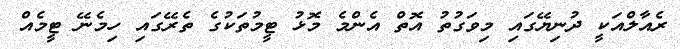
ރެއާލްއަކީ ދުނިޔޭގައި މިވަގުތު އޮތް އެންމެ މޮޅު ޓީމުތަކުގެ ތެރޭގައި ހިމެނޭ ޓީމެއް